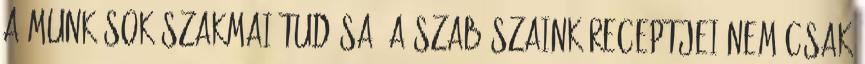
A munkások szakmai tudása, a szabászaink receptjei nem csak